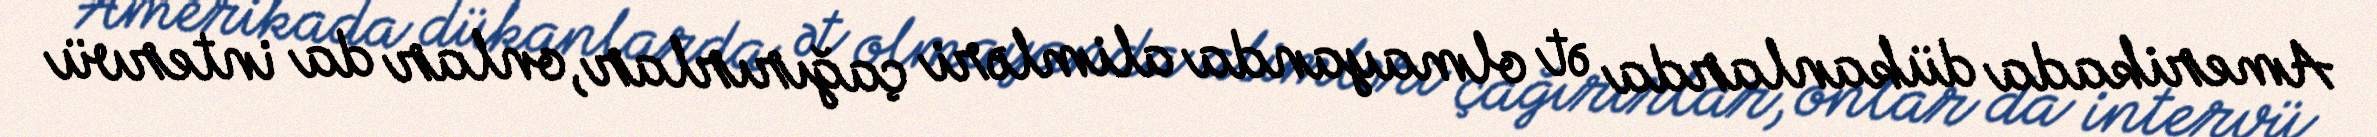
Amerikada dükanlarda ət olmayanda alimləri çağırırlar, onlar da intervü